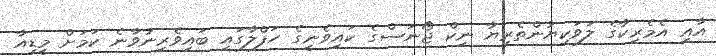
އާއި އެމެރިކާގެ ލަވަކިޔުންތެރިޔާ ނިކް ޖޯނަސްގެ ކައިވެނީގެ ހަފްލާގައި ބައިވެރިނުވާނެ ކަމަށް މީޑިއާ